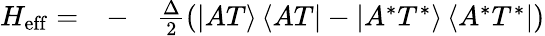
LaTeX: \begin{array}{rlr}{H_{\mathrm{eff}}=}&{{}-}&{\frac{\Delta}{2}\left(\left|AT\right\rangle\left\langle AT\right|-\left|A^{*}T^{*}\right\rangle\left\langle A^{*}T^{*}\right|\right)}\end{array}